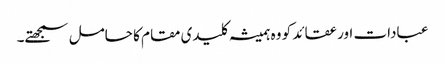
عبادات اور عقائد کو وہ ہمیشہ کلیدی مقام کا حامل سمجھتے۔